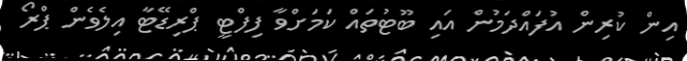
އިން ކުރިން އުފައްދަމުން އައި ބޫޓުތައް ކަމަށްވާ ފިފްޓީ ޕްރިޑޭޓާ އިލެވެން ޕްރޯ